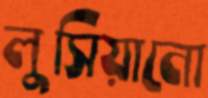
লুসিয়ানো